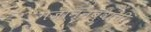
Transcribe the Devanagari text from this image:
गजाननबुवांची